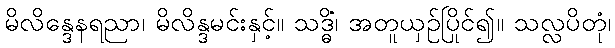
မိလိန္ဒေနရညာ၊ မိလိန္ဒမင်းနှင့်။ သဒ္ဓိံ၊ အတူယှဉ်ပြိုင်၍။ သလ္လပိတုံ၊